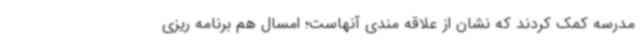
مدرسه کمک کردند که نشان از علاقه مندی آنهاست؛ امسال هم برنامه ریزی